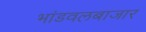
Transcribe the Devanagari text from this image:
भांडवलबाजार